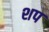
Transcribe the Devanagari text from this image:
शप